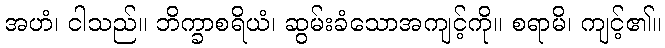
အဟံ၊ ငါသည်။ ဘိက္ခာစရိယံ၊ ဆွမ်းခံသောအကျင့်ကို။ စရာမိ၊ ကျင့်၏။